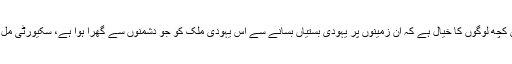
اسرائیل میں کچھ لوگوں کا خیال ہے کہ ان زمینوں پر یہودی بستیاں بسانے سے اس یہودی ملک کو جو دشمنوں سے گھرا ہوا ہے، سکیورٹی مل جائے گی ۔